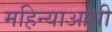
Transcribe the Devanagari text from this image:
महिन्याआधी